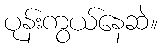
ပုန်းကွယ်နေဆဲ။